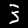
Label: 3